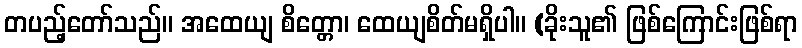
တပည့်တော်သည်။ အထေယျ စိတ္တော၊ ထေယျစိတ်မရှိပါ။ (ခိုးသူ၏ ဖြစ်ကြောင်းဖြစ်ရာ